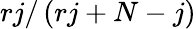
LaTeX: rj/\left(rj+N-j\right)